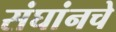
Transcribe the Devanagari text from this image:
संघांनचे